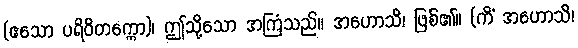
(ဧသော ပရိဝိတက္ကော)၊ ဤသို့သော အကြံသည်။ အဟောသိ၊ ဖြစ်၏။ (ကိံ အဟောသိ၊